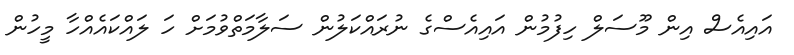
އައިއެސް އިން މޫސަލް ހިފުމުން އައިއެސްގެ ނުރައްކަލުން ސަލާމަތްވުމަށް ހަ ލައްކައެއްހާ މީހުން